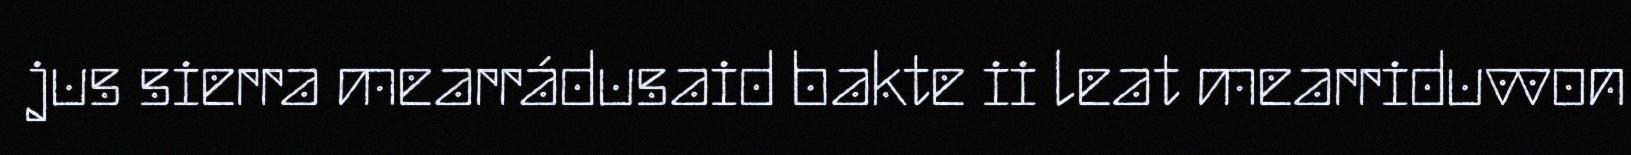
jus sierra mearrádusaid bakte ii leat mearriduvvon